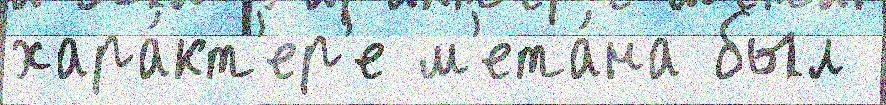
хара́кт'ер'е м'ета́на был